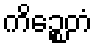
ကိဉ္စေတံ